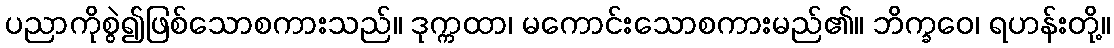
ပညာကိုစွဲ၍ဖြစ်သောစကားသည်။ ဒုက္ကထာ၊ မကောင်းသောစကားမည်၏။ ဘိက္ခဝေ၊ ရဟန်းတို့။